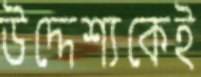
উদ্দেশ্যকেই